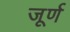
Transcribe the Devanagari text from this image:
जूर्ण